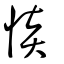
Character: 惔